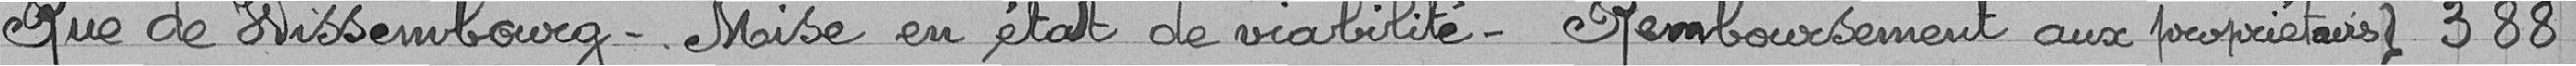
Que de Wissembourg- Mise en état de viabilité - Remboursement aux propriétaires } 388